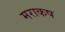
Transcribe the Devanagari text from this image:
मराकष